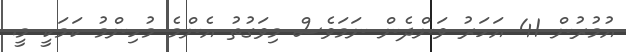
އުމުރުން 41 އަހަރު ވަންދެން ނަމަވެސް މިވަގުތު އެންމެ މުހިންމު ކަމަކީ މީ.